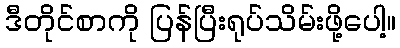
ဒီတိုင်စာကို ပြန်ပြီးရုပ်သိမ်းဖို့ပေါ့။